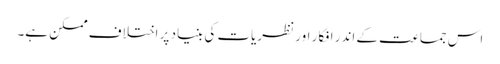
اس جماعت کے اندر افکار اور نظریات کی بنیاد پر اختلاف ممکن ہے۔